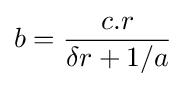
b={\frac {c.r}{\delta r+1/a}}